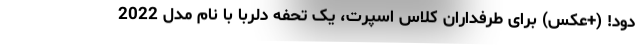
دود! (+عکس) برای طرفداران کلاس اسپرت، یک تحفه دلربا با نام مدل 2022